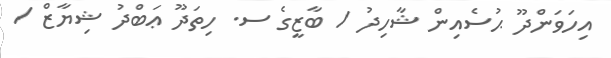
އިހަވަންދޫ ޙުސެއިން ޝާހިދު / ބާޒީގެ ސ. ހިތަދޫ ޢަބްދު ޝިޔާޒް /